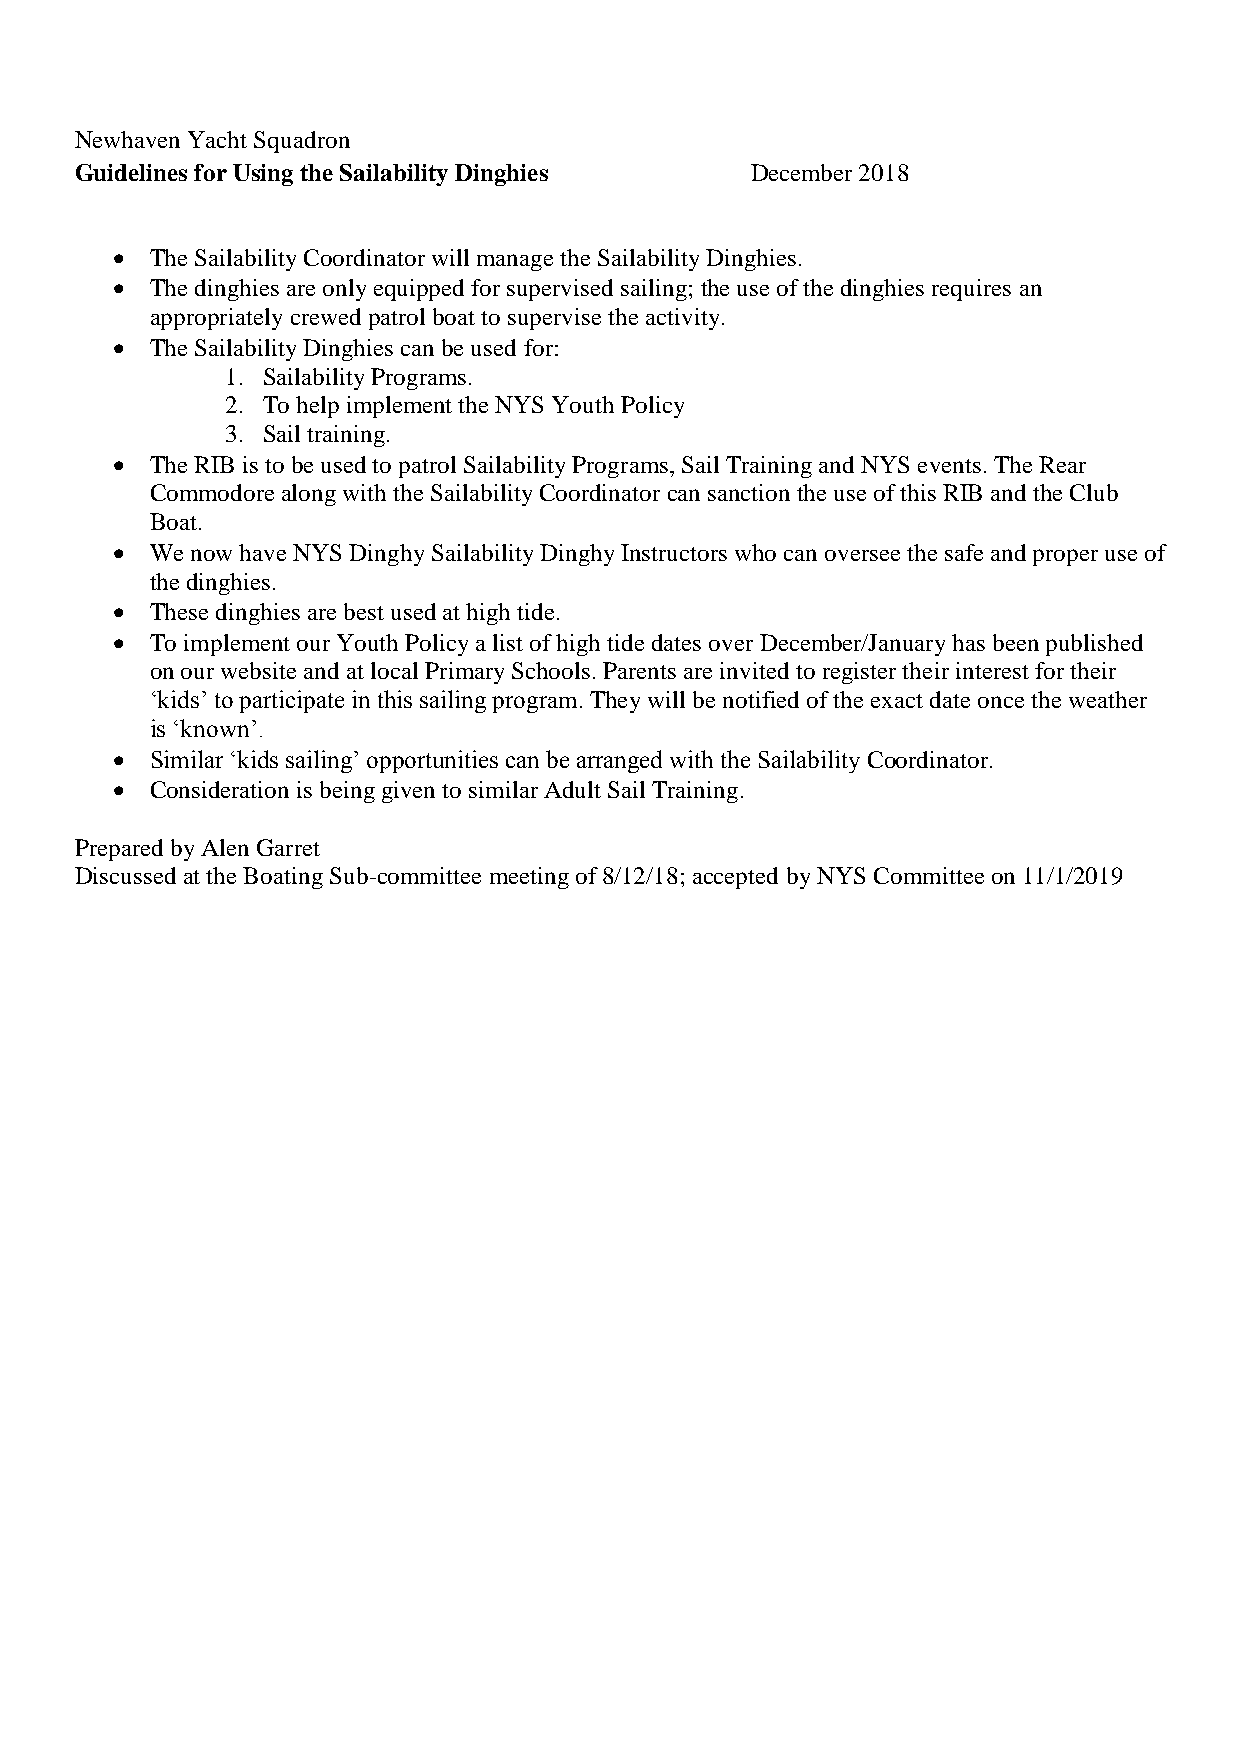
Newhaven Yacht Squadron
 Guidelines for Using the Sailability Dinghies December 2018
 •  The Sailability Coordinator will manage the Sailability Dinghies.
 •  The dinghies are only equipped for supervised sailing; the use of the dinghies requires an
 appropriately crewed patrol boat to supervise the activity.
 •  The Sailability Dinghies can be used for:
 1. Sailability Programs.
 2. To help implement the NYS Youth Policy
 3. Sail training.
 •  The RIB is to be used to patrol Sailability Programs, Sail Training and NYS events. The Rear
 Commodore along with the Sailability Coordinator can sanction the use of this RIB and the Club
 Boat.
 •  We now have NYS Dinghy Sailability Dinghy Instructors who can oversee the safe and proper use of
 the dinghies.
 •  These dinghies are best used at high tide.
 •  To implement our Youth Policy a list of high tide dates over December/January has been published
 on our website and at local Primary Schools. Parents are invited to register their interest for their
 ‘kids’ to participate in this sailing program. They will be notified of the exact date once the weather
 is ‘known’.
 •  Similar ‘kids sailing’ opportunities can be arranged with the Sailability Coordinator.
 •  Consideration is being given to similar Adult Sail Training.
 Prepared by Alen Garret
 Discussed at the Boating Sub-committee meeting of 8/12/18; accepted by NYS Committee on 11/1/2019